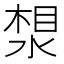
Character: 𪶛